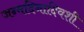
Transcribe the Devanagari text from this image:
जन्मदिनादिवशी